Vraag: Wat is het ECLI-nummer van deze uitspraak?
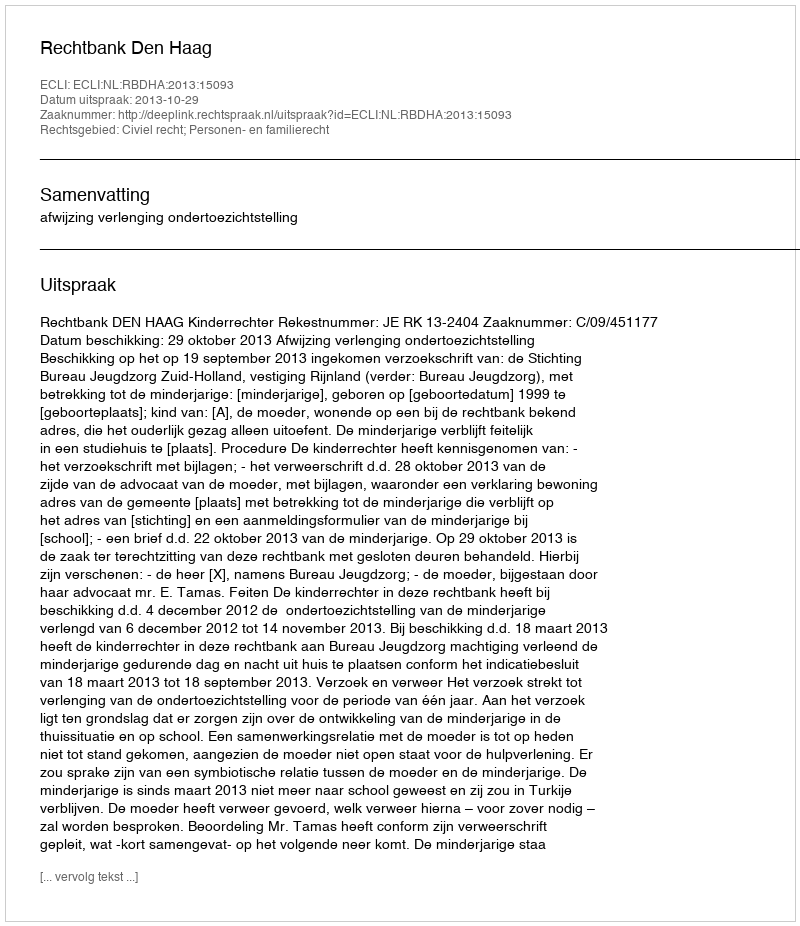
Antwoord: ECLI:NL:RBDHA:2013:15093